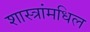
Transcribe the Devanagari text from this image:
शास्त्रांमधिल